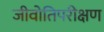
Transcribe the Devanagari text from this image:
जीवोतिपरीक्षण